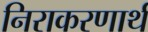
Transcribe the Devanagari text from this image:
निराकरणार्थ